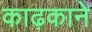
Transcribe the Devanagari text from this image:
काढ़काने